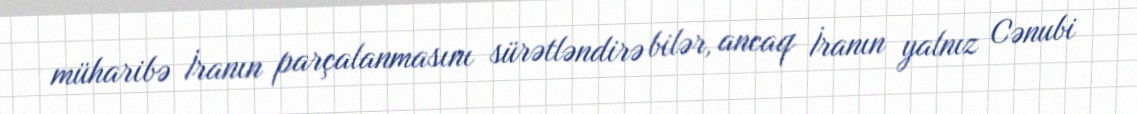
müharibə İranın parçalanmasını sürətləndirə bilər, ancaq İranın yalnız Cənubi